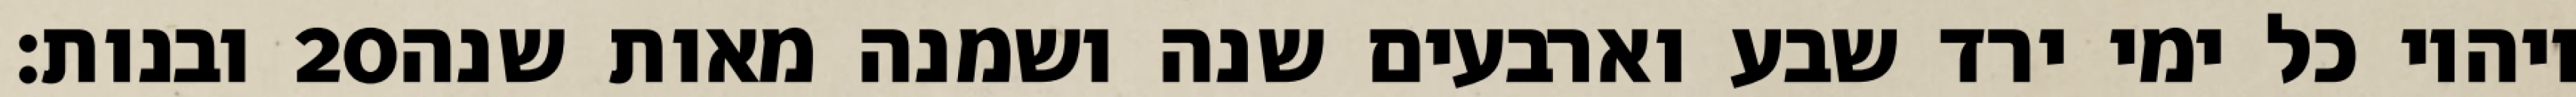
ובנות׃ ‎20‏ ויהיו כל ימי ירד שבע וארבעים שנה ושמנה מאות שנה